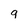
Character: q